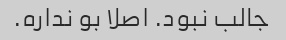
جالب نبود. اصلا بو نداره.